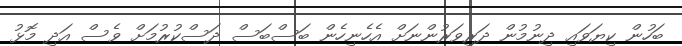
ބަހުން ކިޔަވައި ދިނުމުން ދަރިވަރުންނަށް އެހެނިހެން ބަސްބަސް ދަސްކުރުމަށް ވެސް އަދި މޮޅު